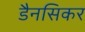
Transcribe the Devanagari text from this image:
डैनसिकर